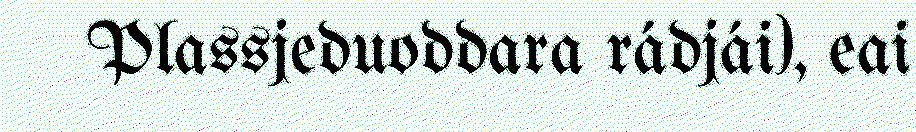
Plassjeduoddara rádjái), eai